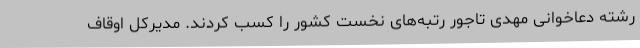
رشته دعاخوانی مهدی تاجور رتبه‌های نخست کشور را کسب کردند. مدیرکل اوقاف